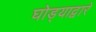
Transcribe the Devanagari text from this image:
घोड्याद्वारे